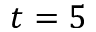
t = 5